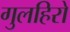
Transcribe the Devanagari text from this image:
गुलहिरो